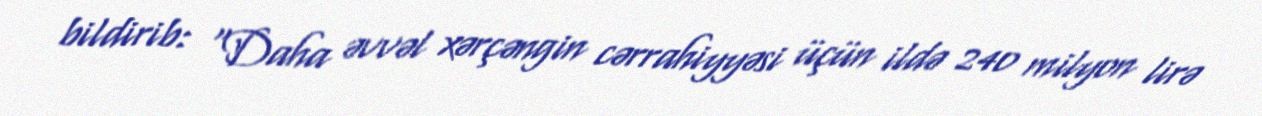
bildirib: “Daha əvvəl xərçəngin cərrahiyyəsi üçün ildə 240 milyon lirə